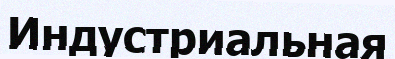
Индустриальная